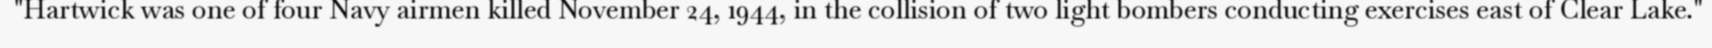
"Hartwick was one of four Navy airmen killed November 24, 1944, in the collision of two light bombers conducting exercises east of Clear Lake."